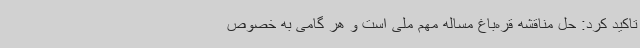
تاکید کرد: حل مناقشه قره‌باغ مساله‌ مهم ملی است و هر گامی به خصوص